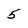
Character: 5